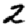
Digit: 2